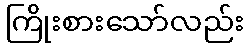
ကြိုးစားသော်လည်း